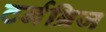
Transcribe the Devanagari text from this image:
टर्नब्रिज